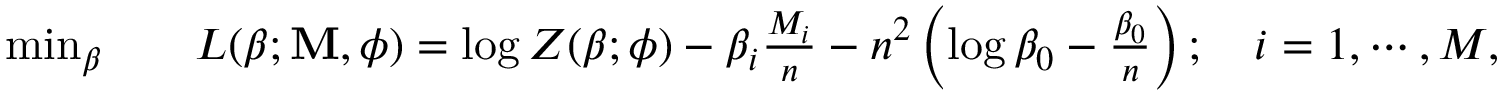
\begin{array} { r l } { \operatorname* { m i n } _ { \boldsymbol { \beta } } } & { \quad L ( \boldsymbol { \beta } ; \mathbf { M } , \boldsymbol { \phi } ) = \log Z ( \boldsymbol { \beta } ; \boldsymbol { \phi } ) - \beta _ { i } \frac { M _ { i } } { n } - n ^ { 2 } \left( \log \beta _ { 0 } - \frac { \beta _ { 0 } } { n } \right) ; \quad i = 1 , \cdots , M , } \end{array}